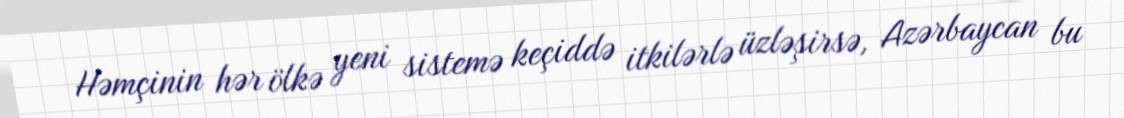
Həmçinin hər ölkə yeni sistemə keçiddə itkilərlə üzləşirsə, Azərbaycan bu